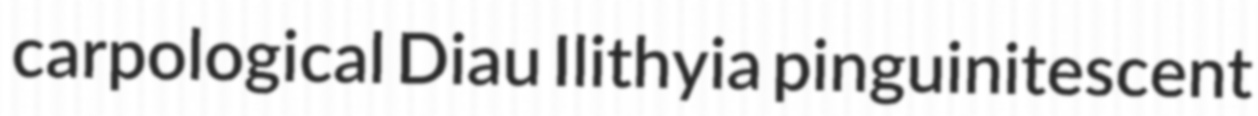
carpological Diau Ilithyia pinguinitescent